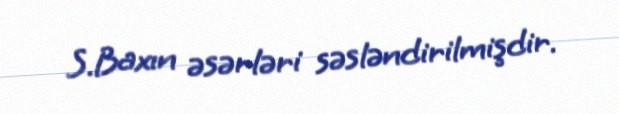
S.Baxın əsərləri səsləndirilmişdir.